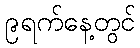
၉ရက်နေ့တွင်